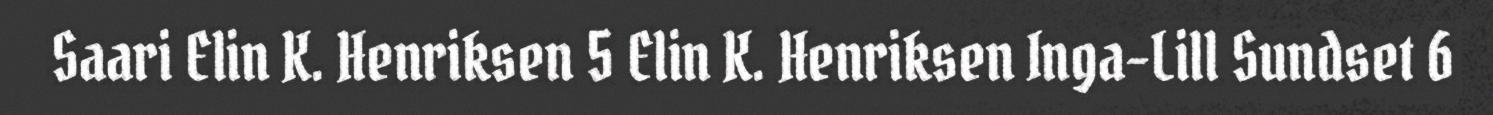
Saari Elin K. Henriksen 5 Elin K. Henriksen Inga-Lill Sundset 6